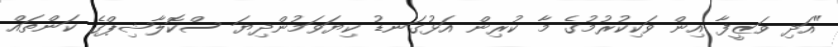
"އަދި ވަޒީފާ އިން ވަކިކުރުމުގެ މާ ކުރިން އަޅުގަނޑު ކިޔަވަމުންދިޔަ ސްކޮލާޝިޕްގެ ކަންތައް